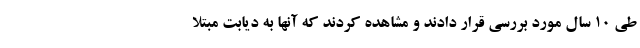
طی ۱۰ سال مورد بررسی قرار دادند و مشاهده کردند که آنها به دیابت مبتلا